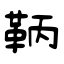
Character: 鞆